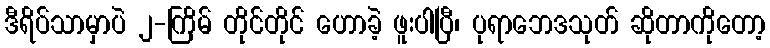
ဒီရိပ်သာမှာပဲ ၂-ကြိမ် တိုင်တိုင် ဟောခဲ့ ဖူးပါပြီ၊ ပုရာဘေဒသုတ် ဆိုတာကိုတော့